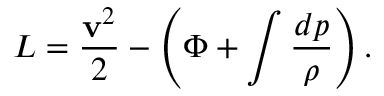
{ \cal L } = \frac { \mathbf { v } ^ { 2 } } { 2 } - \left( \Phi + \int \frac { d p } { \rho } \right) .